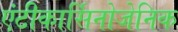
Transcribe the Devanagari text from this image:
एंटीकार्सिनोजेनिक